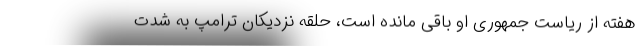
هفته از ریاست جمهوری او باقی مانده است، حلقه نزدیکان ترامپ به شدت